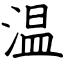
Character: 温